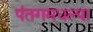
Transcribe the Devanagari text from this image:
पंतगमधल्या